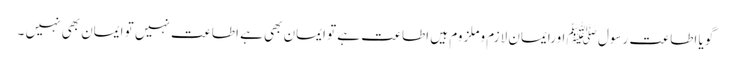
گویا اطاعتِ رسول ﷺ اورایمان لازم وملزوم ہیں اطاعت ہے تو ایمان بھی ہے اطاعت نہیں تو ایمان بھی نہیں ۔